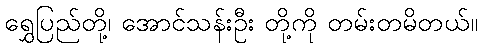
ရွှေပြည်တို့၊ အောင်သန်းဦး တို့ကို တမ်းတမိတယ်။